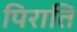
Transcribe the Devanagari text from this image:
पिराति